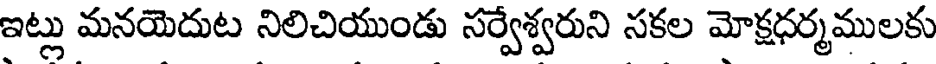
ఇట్లు మనయెదుట నిలిచియుండు సర్వేశ్వరుని సకల మోక్షధర్మములకు